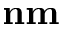
\mathbf { n m }